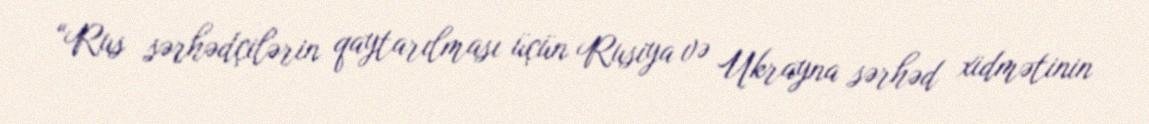
“Rus sərhədçilərin qaytarılması üçün Rusiya və Ukrayna sərhəd xidmətinin